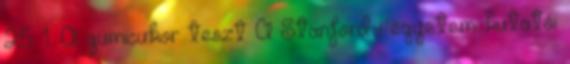
25 1. A gumicukor teszt A Stanford-i egyetem kutatói